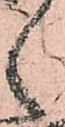
之